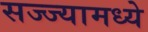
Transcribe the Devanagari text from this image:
सज्ज्यामध्ये